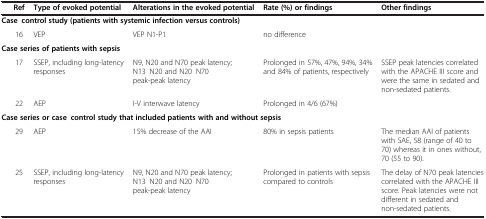
<table><thead><tr><td></td><td><b>Ref</b></td><td><b>Type of evoked potential</b></td><td><b>Alterations in the evoked potential</b></td><td><b>Rate (%) or findings</b></td><td><b>Other findings</b></td></tr></thead><tbody><tr><td colspan="6"><b>Case–control study (patients with systemic infection versus controls)</b></td></tr><tr><td></td><td>16</td><td>VEP</td><td>VEP N1-P1</td><td>no difference</td><td></td></tr><tr><td colspan="6"><b>Case series of patients with sepsis</b></td></tr><tr><td></td><td>17</td><td>SSEP, including long-latency responses</td><td>N9, N20 and N70 peak latency; N13–N20 and N20–N70 peak-peak latency</td><td>Prolonged in 57%, 47%, 94%, 34% and 84% of patients, respectively</td><td>SSEP peak latencies correlated with the APACHE III score and were the same in sedated and non-sedated patients.</td></tr><tr><td></td><td>22</td><td>AEP</td><td>I-V interwave latency</td><td>Prolonged in 4/6 (67%)</td><td></td></tr><tr><td colspan="6"><b>Case series or case–control study that included patients with and without sepsis</b></td></tr><tr><td></td><td>29</td><td>AEP</td><td>15% decrease of the AAI</td><td>80% in sepsis patients</td><td>The median AAI of patients with SAE, 58 (range of 40 to 70) whereas it in ones without, 70 (55 to 90).</td></tr><tr><td></td><td>25</td><td>SSEP, including long-latency responses</td><td>N9, N20 and N70 peak latency; N13–N20 and N20–N70 peak-peak latency</td><td>Prolonged in patients with sepsis compared to controls</td><td>The delay of N70 peak latencies correlated with the APACHE III score. Peak latencies were not different in sedated and non-sedated patients.</td></tr></tbody></table>